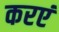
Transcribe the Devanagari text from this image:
करएं